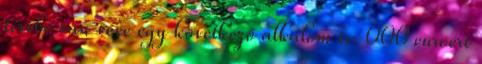
tervbe van véve egy következő alkalom is. 000 euróért